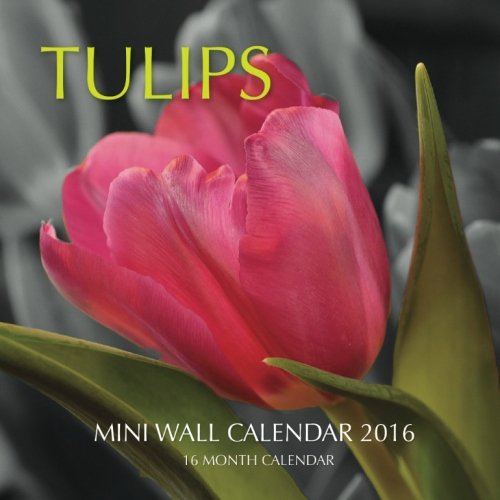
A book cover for Tulips Mini Wall Calendar 2016: 16 Month Calendar; Jack Smith; Calendars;